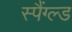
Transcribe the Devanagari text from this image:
स्पैंग्ल्ड